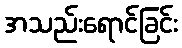
အသည်းရောင်ခြင်း